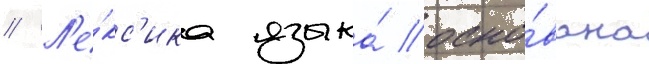
// Л'е́кс'ика языка́ осно́вана